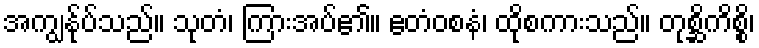
အကျွန်ုပ်သည်။ သုတံ၊ ကြားအပ်၏။ ဧတံဝစနံ၊ ထိုစကားသည်။ တုစ္ဆိကိစ္စိ၊